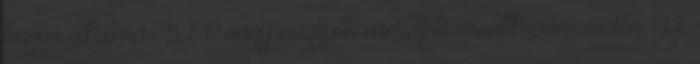
legyen alkalmas 52-C vagy nagyobb méretjelû csonkkapocs esetén. 1.12.